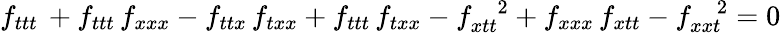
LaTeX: f_{ttt}\, +f_{ttt}\, f_{xxx}-f_{ttx}\, f_{txx}+f_{ttt}\, f_{txx}-f_{xtt}^{\; \; \; 2}+f_{xxx}\, f_{xtt}-f_{xxt}^{\; \; \; 2}=0